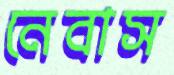
নেবাস